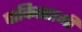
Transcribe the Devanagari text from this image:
पाकिस्तामी